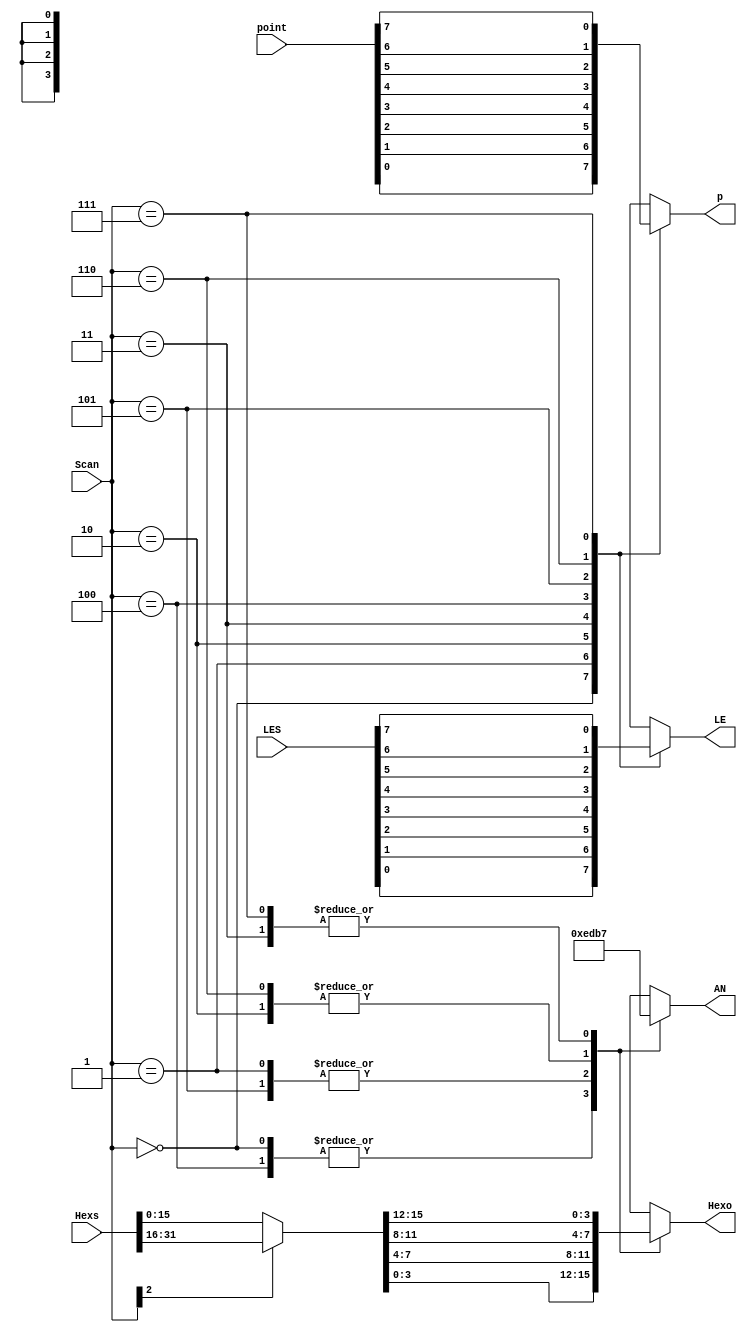
`timescale 1ns / 1ps
//////////////////////////////////////////////////////////////////////////////////
// Company: 
// Engineer: 
// 
// Design Name: 
// Module Name:    ScanSync 
// Project Name: 
// Target Devices: 
// Tool versions: 
// Description: 
//
// Dependencies: 
//
// Revision: 
// Revision 0.01 - File Created
// Additional Comments: 
//
//////////////////////////////////////////////////////////////////////////////////
module ScanSync(
   input[31:0] Hexs,
	input [2:0] Scan,
	input [7:0] point,
	input [7:0] LES,
	output reg [3:0] Hexo,
	output reg p,LE,
	output reg [3:0] AN
    );
	 
	wire [15:0] Hex_current;
	assign Hex_current = Scan[2]?Hexs[31:16]:Hexs[15:0];
	
   always @* begin
     case(Scan)
	    3'b000:begin Hexo <= Hex_current[ 3: 0]; AN <= 4'b1110; p = point[0]; LE = LES[0];end
		 3'b001:begin Hexo <= Hex_current[ 7: 4]; AN <= 4'b1101; p = point[1]; LE = LES[1];end
		 3'b010:begin Hexo <= Hex_current[11: 8]; AN <= 4'b1011; p = point[2]; LE = LES[2];end
		 3'b011:begin Hexo <= Hex_current[15:12]; AN <= 4'b0111; p = point[3]; LE = LES[3];end
		 3'b100:begin Hexo <= Hex_current[ 3: 0]; AN <= 4'b1110; p = point[4]; LE = LES[4];end
		 3'b101:begin Hexo <= Hex_current[ 7: 4]; AN <= 4'b1101; p = point[5]; LE = LES[5];end
		 3'b110:begin Hexo <= Hex_current[11: 8]; AN <= 4'b1011; p = point[6]; LE = LES[6];end
		 3'b111:begin Hexo <= Hex_current[15:12]; AN <= 4'b0111; p = point[7]; LE = LES[7];end
	  endcase
   end

endmodule